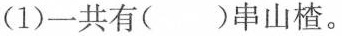
(1)一共有( )串山楂。